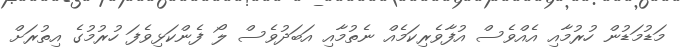
މަޑުމަޑުން ހުރުމާއި އެއްވެސް އުފާވެރިކަމެއް ނެތުމާއި އަބަދުވެސް ލޯ ފެންކަޅިވެފަ ހުރުމުގެ އިތުރަށް